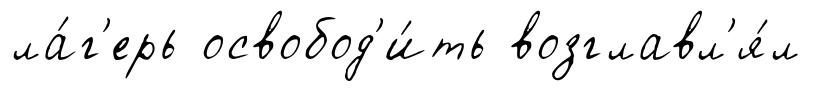
ла́г'ерь освобод'и́ть возглавл'я́л